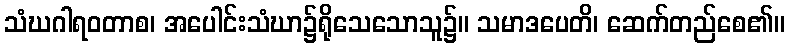
သံဃဂါရဝတာစ၊ အပေါင်းသံဃာ၌ရိုသေသောသူ၌။ သမာဒပေတိ၊ ဆေက်တည်စေ၏။